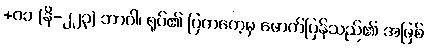
+၀၁ (နိ-၂၂၃) ဘာဝါ၊ ရုပ်၏ ပြကတေ့မှ ဖောက်ပြန်သည်၏ အဖြစ်